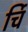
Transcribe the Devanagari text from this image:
र्चि